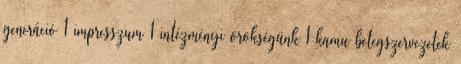
generáció 1 impresszum 1 intézményi örökségünk 1 kamu betegszervezetek